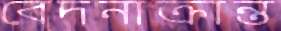
বেদনাক্রান্ত